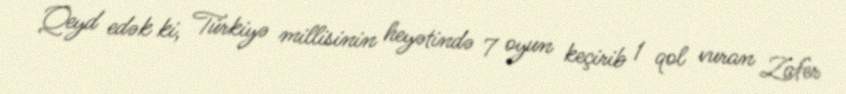
Qeyd edək ki, Türkiyə millisinin heyətində 7 oyun keçirib 1 qol vuran Zafer